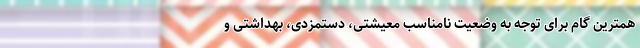
همترین گام برای توجه به وضعیت نامناسب معیشتی، دستمزدی، بهداشتی و